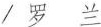
/罗兰